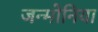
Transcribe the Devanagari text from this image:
जन्मोनिया